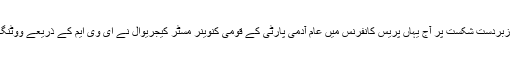
پنجاب میں پارٹی کو ملی زبردست شکست پر آج یہاں پریس کانفرنس میں عام آدمی پارٹی کے قومی کنوینر مسٹر کیجریوال نے ای وی ایم کے ذریعے ووٹنگ کرانے پر سوال اٹھائے۔